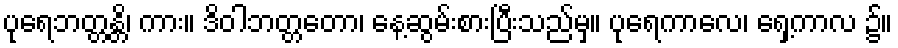
ပုရေဘတ္တန္တိ၊ ကား။ ဒိဝါဘတ္တတော၊ နေ့ဆွမ်းစားပြီးသည်မှ။ ပုရေကာလေ၊ ရှေ့ကာလ ၌။